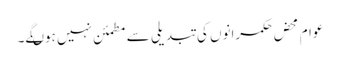
عوام محض حکمرانوں کی تبدیلی سے مطمئن نہیں ہوںگے۔